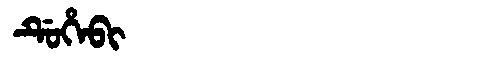
Manchu: ᡩᡠᡥᡝᠪᡳ
Romanization: DUHEBI